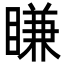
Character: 䁠